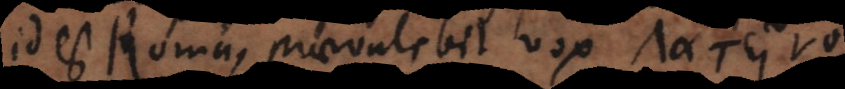
id est Roma, praevalebit vox Λατει